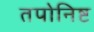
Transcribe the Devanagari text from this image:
तपोनिष्ट